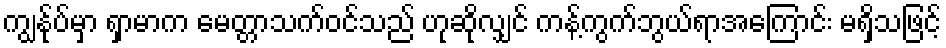
ကျွန်ုပ်မှာ ရှာမာက မေတ္တာသက်ဝင်သည် ဟုဆိုလျှင် ကန့်ကွက်ဘွယ်ရာအကြောင်း မရှိသဖြင့်